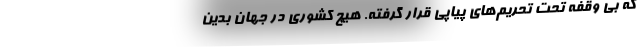
که بی وقفه تحت تحریم‌های پیاپی قرار گرفته. هیچ کشوری در جهان بدین